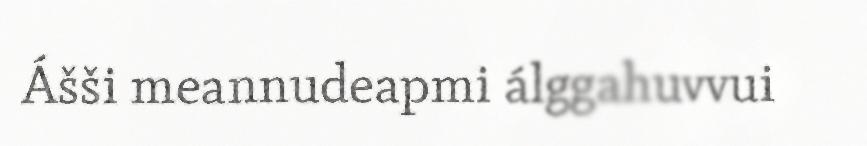
Ášši meannudeapmi álggahuvvui